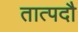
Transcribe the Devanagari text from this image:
तात्पदौ